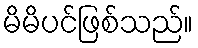
မိမိပင်ဖြစ်သည်။